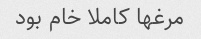
مرغها کاملا خام بود